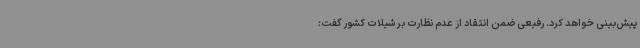
پیش‌بینی خواهد کرد. رفیعی ضمن انتقاد از عدم نظارت بر شیلات کشور گفت: